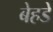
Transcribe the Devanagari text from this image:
बेहडे